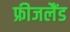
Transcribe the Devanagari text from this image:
फ्रीजलैंड